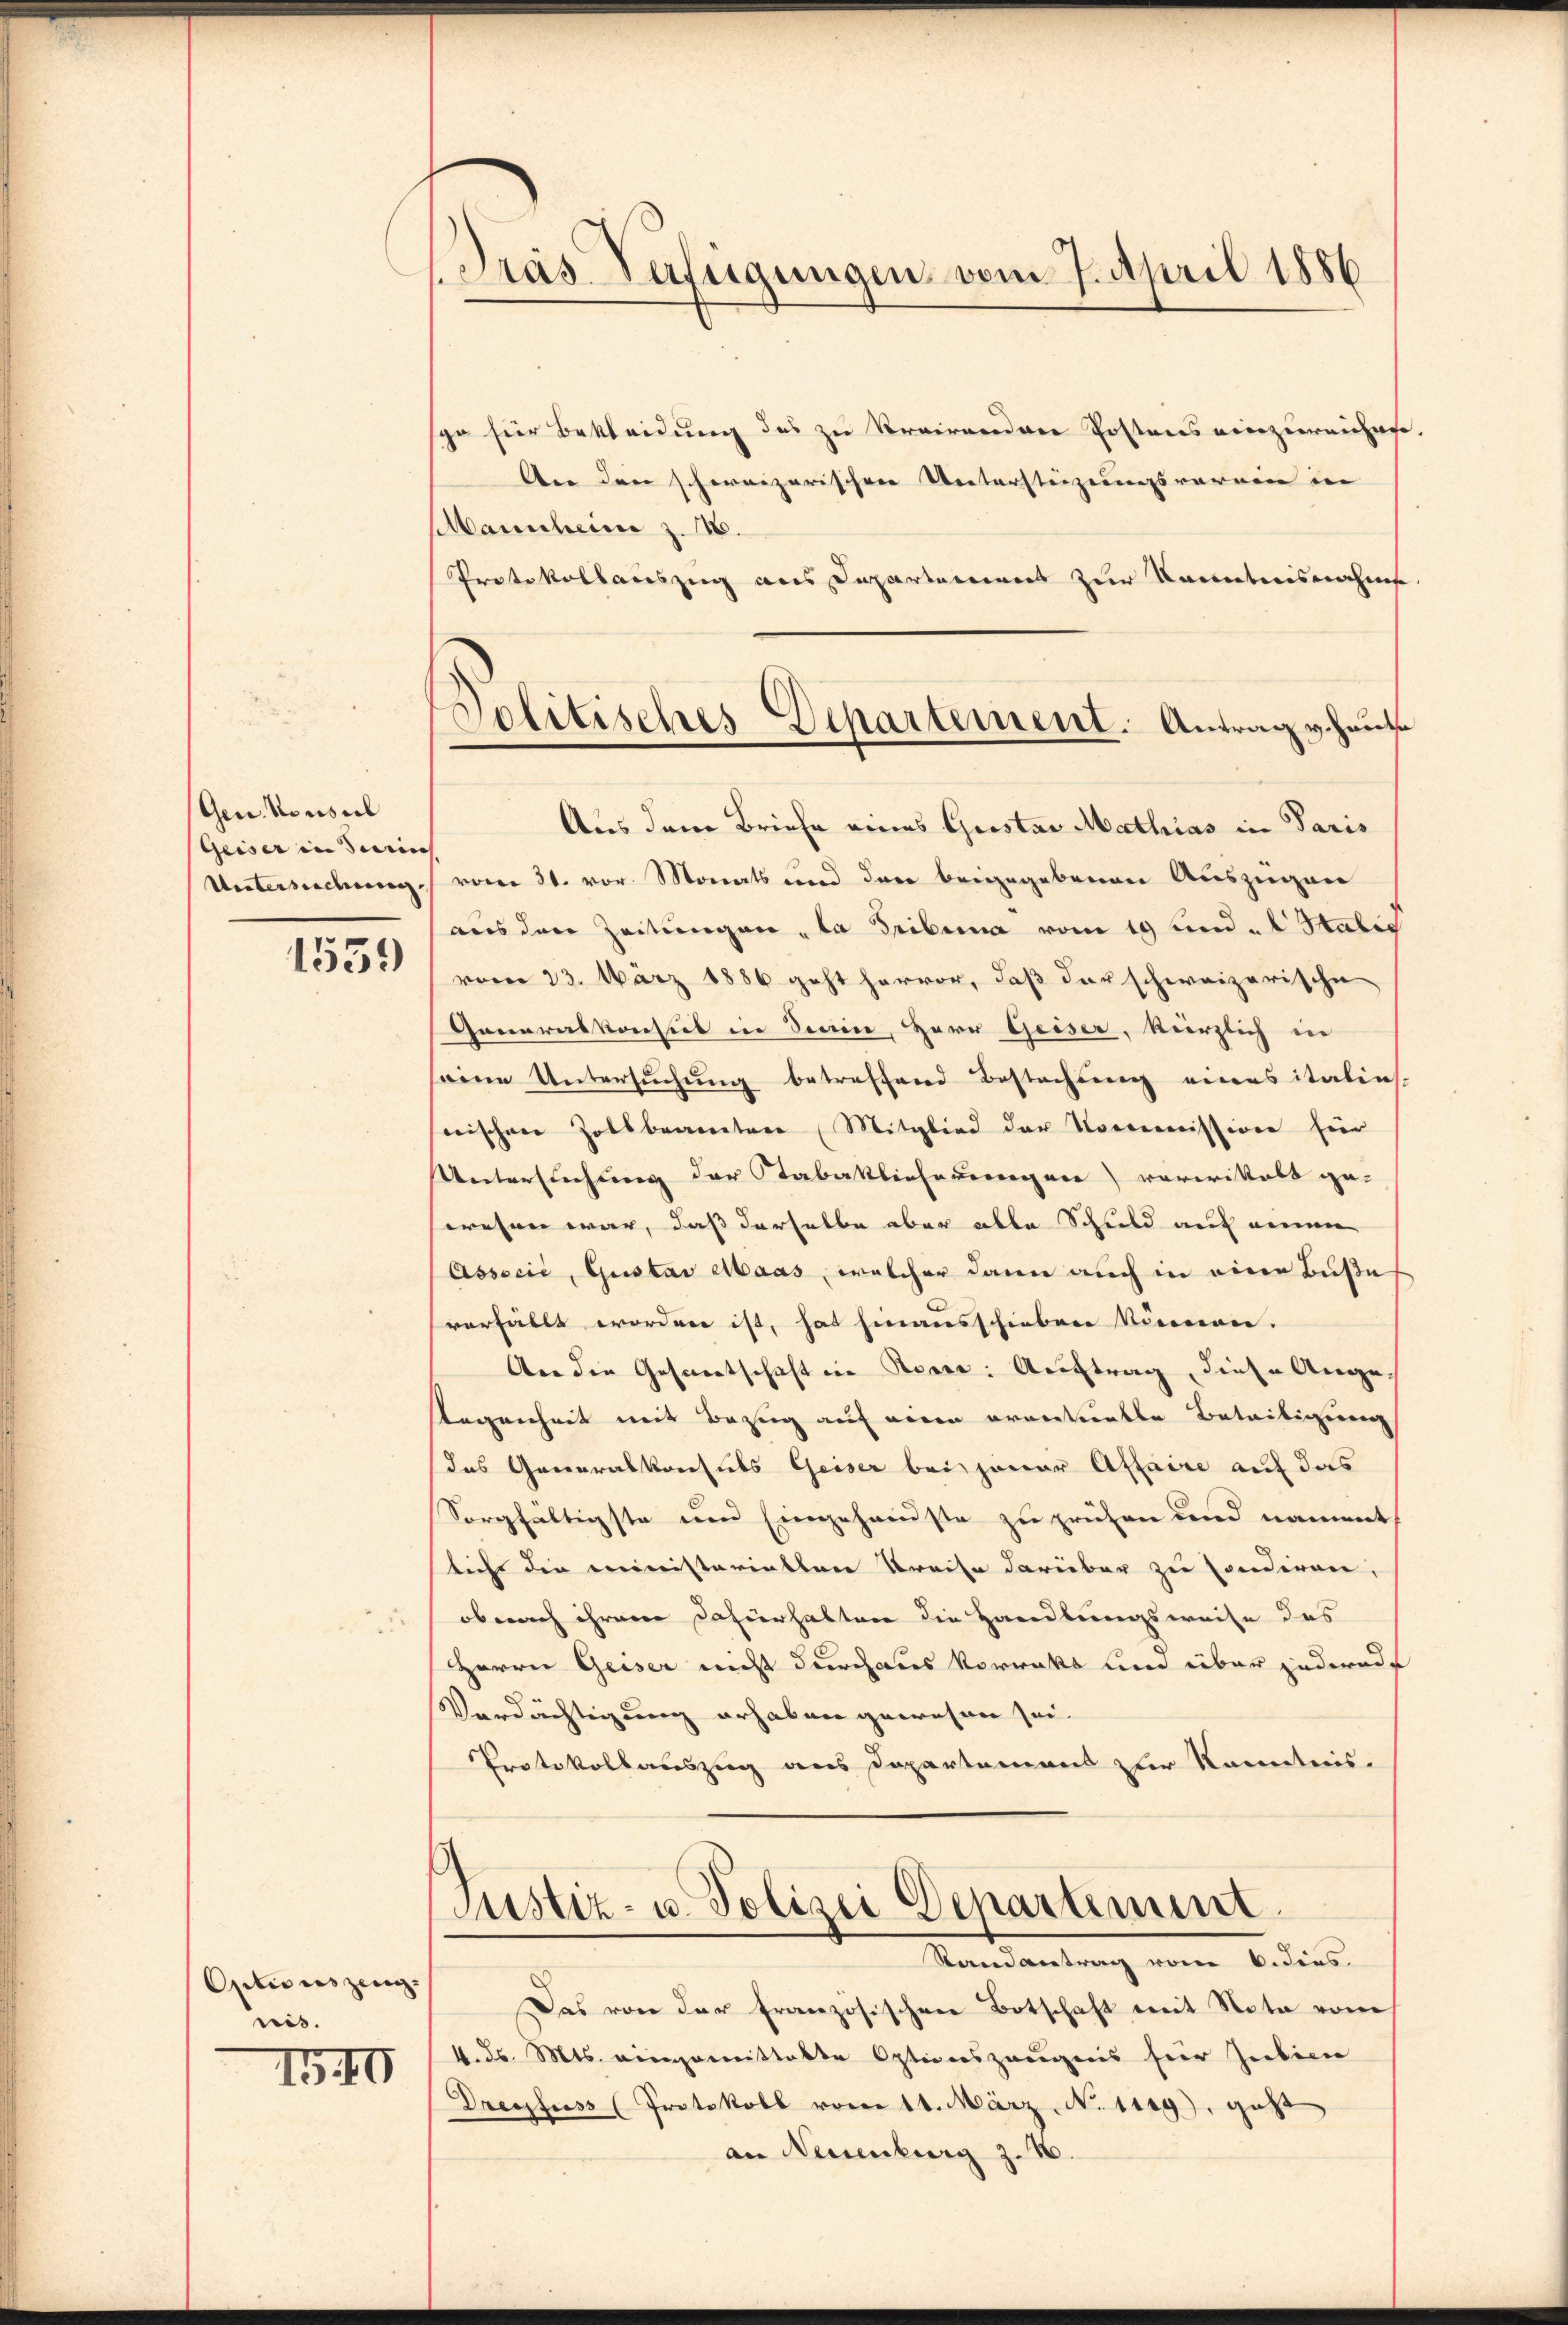
Gen. Konsul
Geiser in Serich
Untersuchung,

1559

Ontionis zeug.
nis.

140

Gras Verfügungen vom 7. April 1886

Politisches Departement. Antrag v. heut

ga hier Bekleidung des zu Krairenden Postens einzureichen
An den schweizerischen Untersteizungsvorren in |
Manscheine z. 16.
Protokollauszug aus Departemeines zur Kenntnisnahmes
Aus dem Briefe eines Gustav Mathias in Paris
vom 31. vor Monats und den beigegebenen Auszügen
aus den Zeitungen „la Tribuna vom 19 und   Sabig
vom 23. März 1886 geht hervor, daß der schweizerische
Generalkonsul in Stain, Herr Geiser, kürzlich in
eine Untersŭchŭng betreffend Bestachung eines italint.
nischen Zollbranntere Mitglied der Kommission für
Untersuchung der Stabaklicherungen) vorwittelt ge-
wesen war, daß derselbe aber alle Schuld auf meinen
Associć, Gustav Maas, welcher dann auch in eine Buße
verfällt worden ist, hat hinausschieben können.
An die Gesamtschaft in Rosse: Auftrag, diese Auge,
legenheit mit Bezug auf einen orantielle Beteiligung
das Generalkonsuls Geiser bei jener Affaire auf das
Sorgfaltigste um Eingehandste zu prühen und nament
liche die ministerialten Preise darüber zu Condiren,
obnach ihrem Dafürhalten die Handlungsweise des
Herrn Geiser nicht durchaus Vorrekt und über jedernde
Verdächtigung erhaben gewesen sei.
Protokollauszug aus Departement zur Kenntnis.
Justiz- u. Polizei Departiment
Randantrag vom 6. dies
Das von der Französischen Botschaft mit Nota vom
k. ds. Mts. eingemittelte Optionszeugens für Jubien
Dreesfuss (Protokoll vom 14. März No. 1129), geht
an Neuenburg z. B.